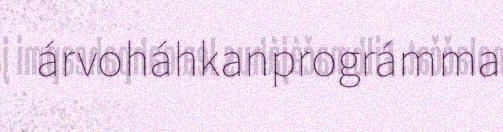
árvoháhkanprográmma